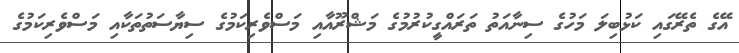
އޭގެ ތެރޭގައި ކަޅުބިލަ މަހުގެ ސިނާއަތު ތަރައްގީކުރުމުގެ މަޝްރޫއާއި މަސްވެރިކަމުގެ ސިޔާސަތުތަކާއި މަސްވެރިކަމުގެ